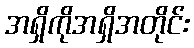
အရှိကိုအရှိအတိုင်း